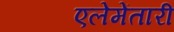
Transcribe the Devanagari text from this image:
एलेमेंतारी